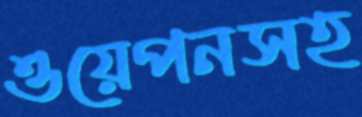
ওয়েপনসহ